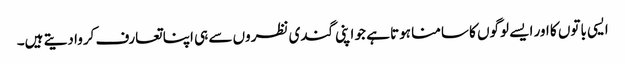
ایسی باتوں کا اور ایسے لوگوں کا سامنا ہوتا ہے جو اپنی گندی نظروں سے ہی اپنا تعارف کروا دیتے ہیں۔